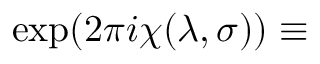
\exp ( 2 \pi i \chi ( \lambda , \sigma ) ) \equiv